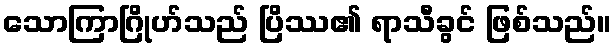
သောကြာဂြိုဟ်သည် ပြိဿ၏ ရာသီခွင် ဖြစ်သည်။